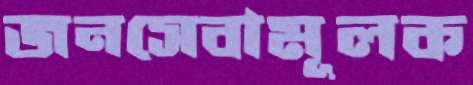
জনসেবামূলক